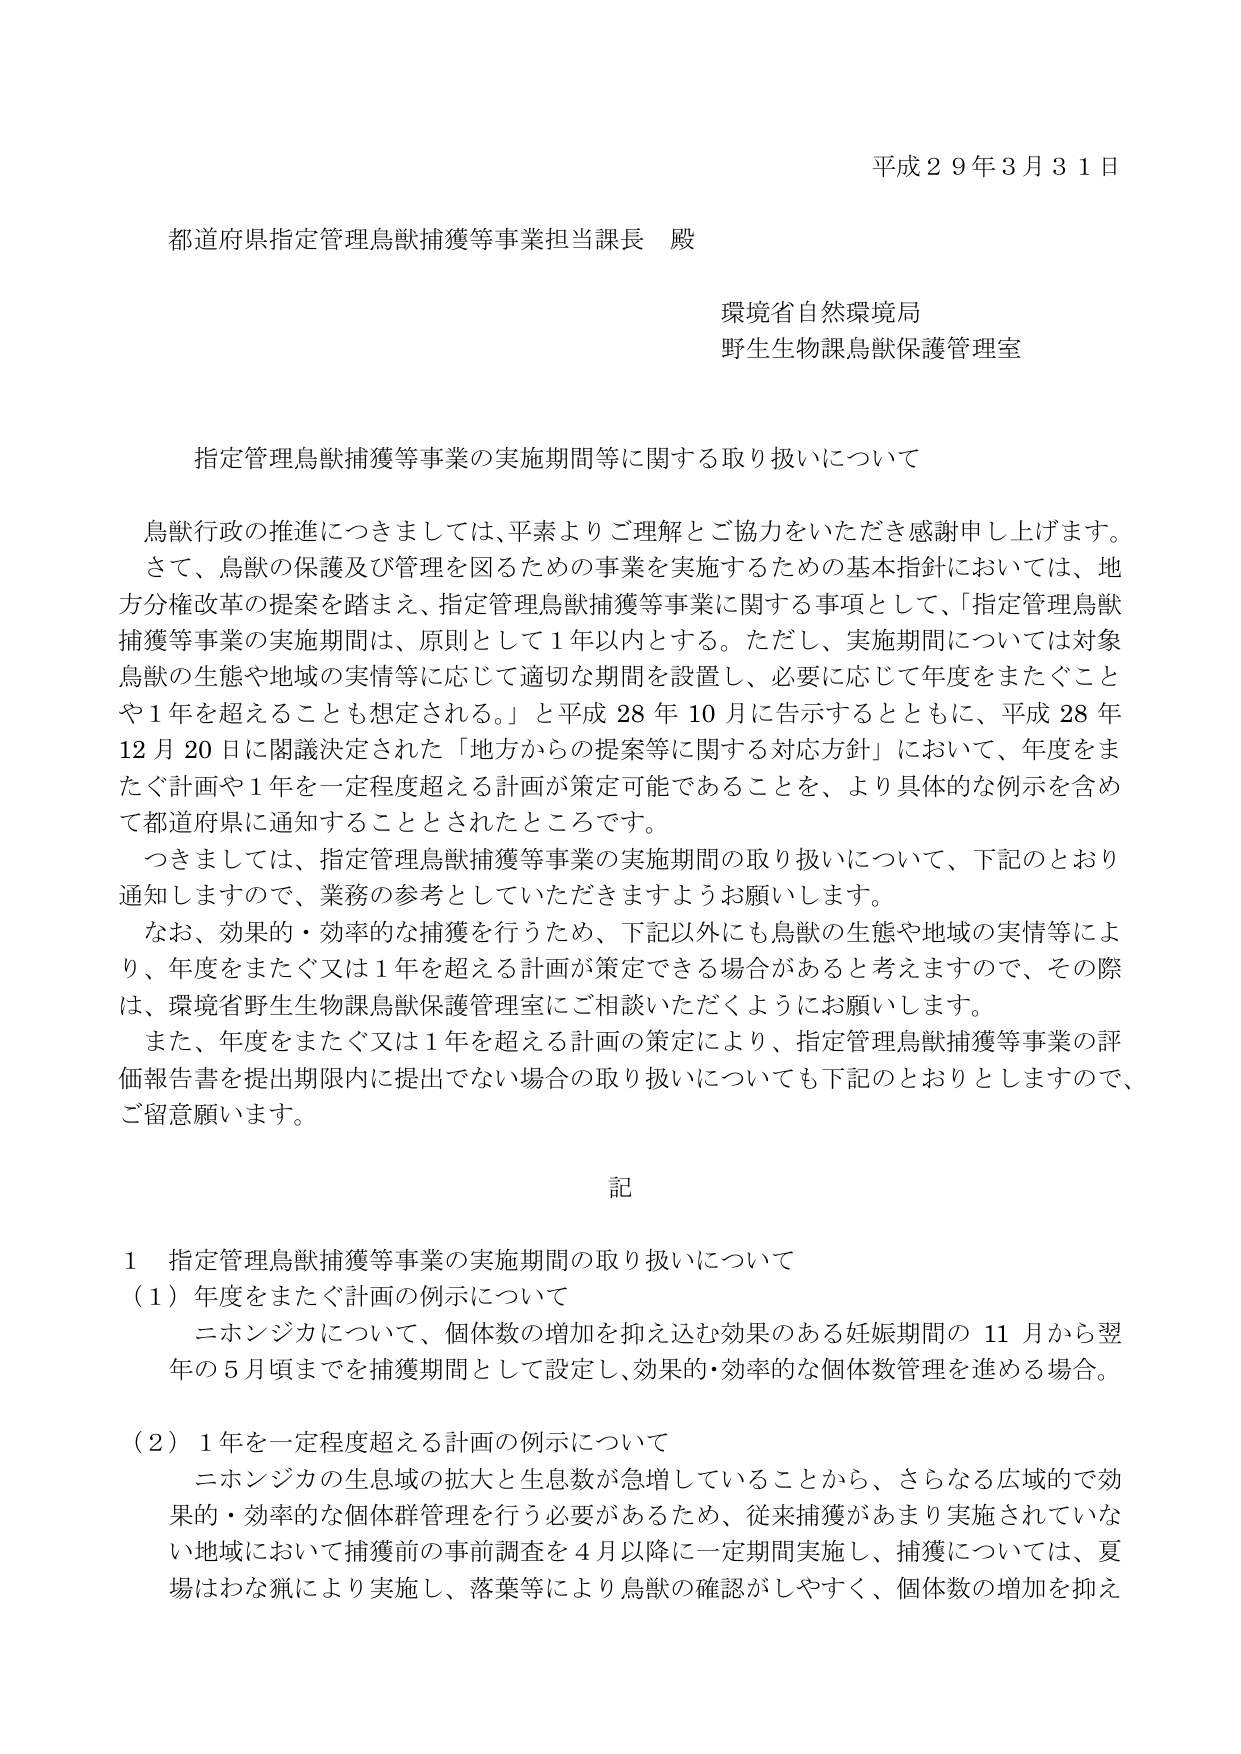
平成２９年３月３１日

都道府県指定管理鳥獣捕獲等事業担当課長 殿

環境省自然環境局
野生生物課鳥獣保護管理室

指定管理鳥獣捕獲等事業の実施期間等に関する取り扱いについて

鳥獣行政の推進につきましては、平素よりご理解とご協力をいただき感謝申し上げます。
さて、鳥獣の保護及び管理を図るための事業を実施するための基本指針においては、地方分権改革の提案を踏まえ、指定管理鳥獣捕獲等事業に関する事項として、「指定管理鳥獣捕獲等事業の実施期間は、原則として１年以内とする。ただし、実施期間については対象鳥獣の生態や地域の実情等に応じて適切な期間を設置し、必要に応じて年度をまたぐことや１年を超えることも想定される。」と平成28年10月に告示するとともに、平成28年12月20日に閣議決定された「地方からの提案等に関する対応方針」において、年度をまたぐ計画や１年を一定程度超える計画が策定可能であることを、より具体的な例示を含めて都道府県に通知することとされたところです。
つきましては、指定管理鳥獣捕獲等事業の実施期間の取り扱いについて、下記のとおり通知しますので、業務の参考としていただきますようお願いします。
なお、効果的・効率的な捕獲を行うため、下記以外にも鳥獣の生態や地域の実情等により、年度をまたぐ又は１年を超える計画が策定できる場合があると考えますので、その際は、環境省野生生物課鳥獣保護管理室にご相談いただくようにお願いします。
また、年度をまたぐ又は１年を超える計画の策定により、指定管理鳥獣捕獲等事業の評価報告書を提出期限内に提出でない場合の取り扱いについても下記のとおりとしますので、ご留意願います。

記

１ 指定管理鳥獣捕獲等事業の実施期間の取り扱いについて
（１）年度をまたぐ計画の例示について
　ニホンジカについて、個体数の増加を抑え込む効果のある妊娠期間の11月から翌年の5月頃までを捕獲期間として設定し、効果的・効率的な個体数管理を進める場合。

（２）１年を一定程度超える計画の例示について
　ニホンジカの生息域の拡大と生息数が急増していることから、さらなる広域的で効果的・効率的な個体群管理を行う必要があるため、従来捕獲があまり実施されていない地域において捕獲前の事前調査を4月以降に一定期間実施し、捕獲については、夏場はわな猟により実施し、落葉等により鳥獣の確認がしやすく、個体数の増加を抑え